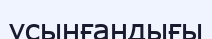
ұсынғандығы